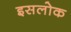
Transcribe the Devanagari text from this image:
इसलोक